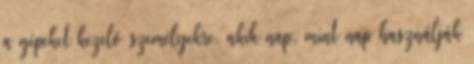
a gépeket kezelő személyekre, akik nap, mint nap használják